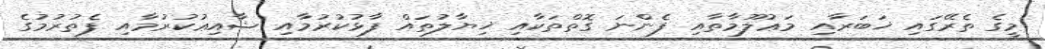
މީގެ ތެރޭގައި ޚަބަރާއި މަޢުލޫމާތާއި ފެންނަ ގޮތްތަކާއި ޚިޔާލުތައް ފާޅުކުރުމާއި ޝާއިޢުކުރުމާއި ފެތުރުމުގެ